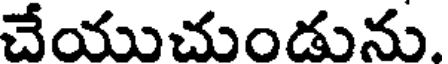
చేయుచుండును.